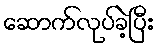
ဆောက်လုပ်ခဲ့ပြီး